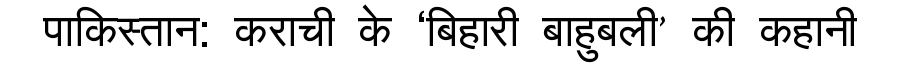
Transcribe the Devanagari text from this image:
पाकिस्तान: कराची के ‘बिहारी बाहुबली’ की कहानी